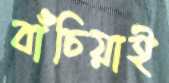
বাঁচিয়াই